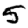
Digit: 5